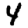
Digit: 4